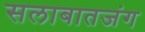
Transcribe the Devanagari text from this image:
सलाबातजंग